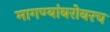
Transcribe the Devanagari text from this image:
मागण्यांबरोबरच